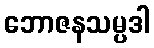
ဘောဇနသမ္ပဒါ